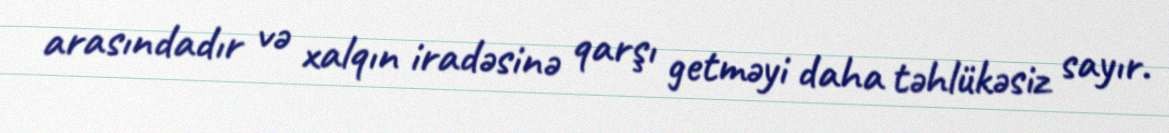
arasındadır və xalqın iradəsinə qarşı getməyi daha təhlükəsiz sayır.